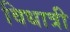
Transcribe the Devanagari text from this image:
विधात्री